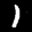
Label: 1